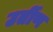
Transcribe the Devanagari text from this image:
उर्तीण